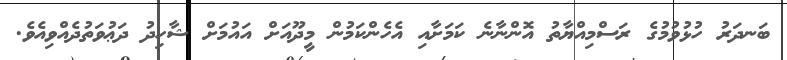
ބަނދަރު ހުޅުވުމުގެ ރަސްމިއްޔާތު އޮންނާނެ ކަމަށާއި އެހެންކަމުން މީދޫއަށް އައުމަށް ޝާހިދު ދަޢުވަތުދެއްވިއެވެ.